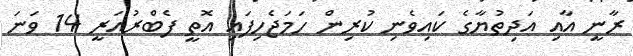
ރާނީ އާއި އަދިތުޔާގެ ކައިވެނި ކުރިން ހަމަޖެހިފައި އޮތީ ފެބްރުއަރީ 14 ވަނަ